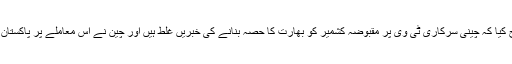
ترجمان دفتر خارجہ نے واضح کیا کہ چینی سرکاری ٹی وی پر مقبوضہ کشمیر کو بھارت کا حصہ بنانے کی خبریں غلط ہیں اور چین نے اس معاملے پر پاکستان کو تفصیلات سے آگاہ کیا ہے۔